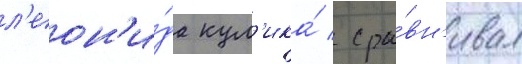
л'еон'и́да кул'ика́ / сра́вн'ивал